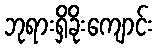
ဘုရားရှိခိုးကျောင်း